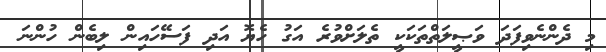
މި ދެންނެވިފަދަ ވަޞީލަތްތަކަކީ ތެލަށްވުރެ އަގު ހެޔޮ އަދި ފަސޭހައިން ލިބެން ހުންނަ